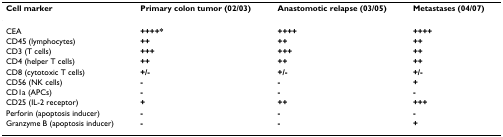
<table><thead><tr><td><b>Cell marker</b></td><td><b>Primary colon tumor (02/03)</b></td><td><b>Anastomotic relapse (03/05)</b></td><td><b>Metastases (04/07)</b></td></tr></thead><tbody><tr><td>CEA</td><td><b>++++*</b></td><td><b>++++</b></td><td><b>++++</b></td></tr><tr><td>CD45 (lymphocytes)</td><td><b>++</b></td><td><b>++</b></td><td><b>++</b></td></tr><tr><td>CD3 (T cells)</td><td><b>+++</b></td><td><b>+++</b></td><td><b>++</b></td></tr><tr><td>CD4 (helper T cells)</td><td><b>++</b></td><td><b>++</b></td><td><b>++</b></td></tr><tr><td>CD8 (cytotoxic T cells)</td><td><b>+/-</b></td><td><b>+/-</b></td><td><b>+/-</b></td></tr><tr><td>CD56 (NK cells)</td><td><b>-</b></td><td><b>-</b></td><td><b>+</b></td></tr><tr><td>CD1a (APCs)</td><td><b>-</b></td><td><b>-</b></td><td><b>-</b></td></tr><tr><td>CD25 (IL-2 receptor)</td><td><b>+</b></td><td><b>++</b></td><td><b>+++</b></td></tr><tr><td>Perforin (apoptosis inducer)</td><td><b>-</b></td><td><b>-</b></td><td><b>-</b></td></tr><tr><td>Granzyme B (apoptosis inducer)</td><td><b>-</b></td><td><b>-</b></td><td><b>+</b></td></tr></tbody></table>